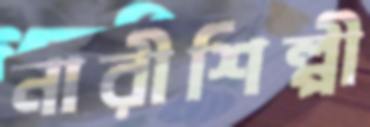
নারীশিল্পী